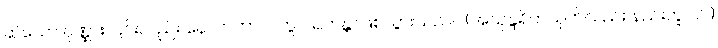
ဆဲသော ပုဏ္ဏား၊ ၎င်းလည်း နောက်ကာလတွင် ရဟန္တာဖြစ်သွားသည်။ ။(အသုန္ဒရိကသုတ်လည်း နည်းတူပင်။)